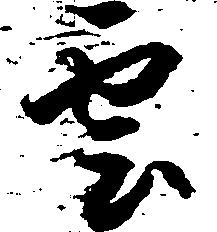
雲